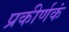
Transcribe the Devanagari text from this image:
प्रकीर्णकं